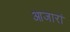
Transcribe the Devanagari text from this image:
आजारां